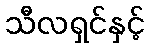
သီလရှင်နှင့်